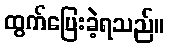
ထွက်ပြေးခဲ့ရသည်။